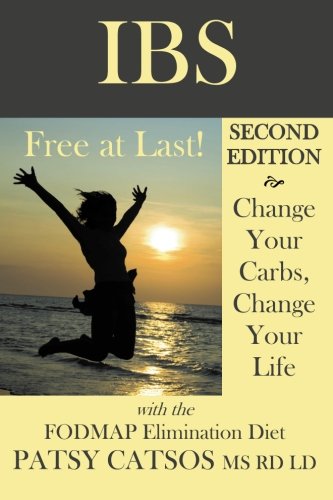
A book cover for IBS: Free at Last! Change Your Carbs, Change Your Life with the FODMAP Elimination Diet, 2nd Edition; Patsy Catsos; Health, Fitness & Dieting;